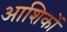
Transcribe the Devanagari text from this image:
आशिकों